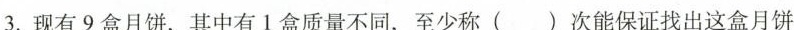
3.现有9盒月饼，其中有1盒质量不同，至少称( )次能保证找出这盒月饼